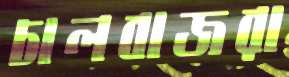
চালবাজরা